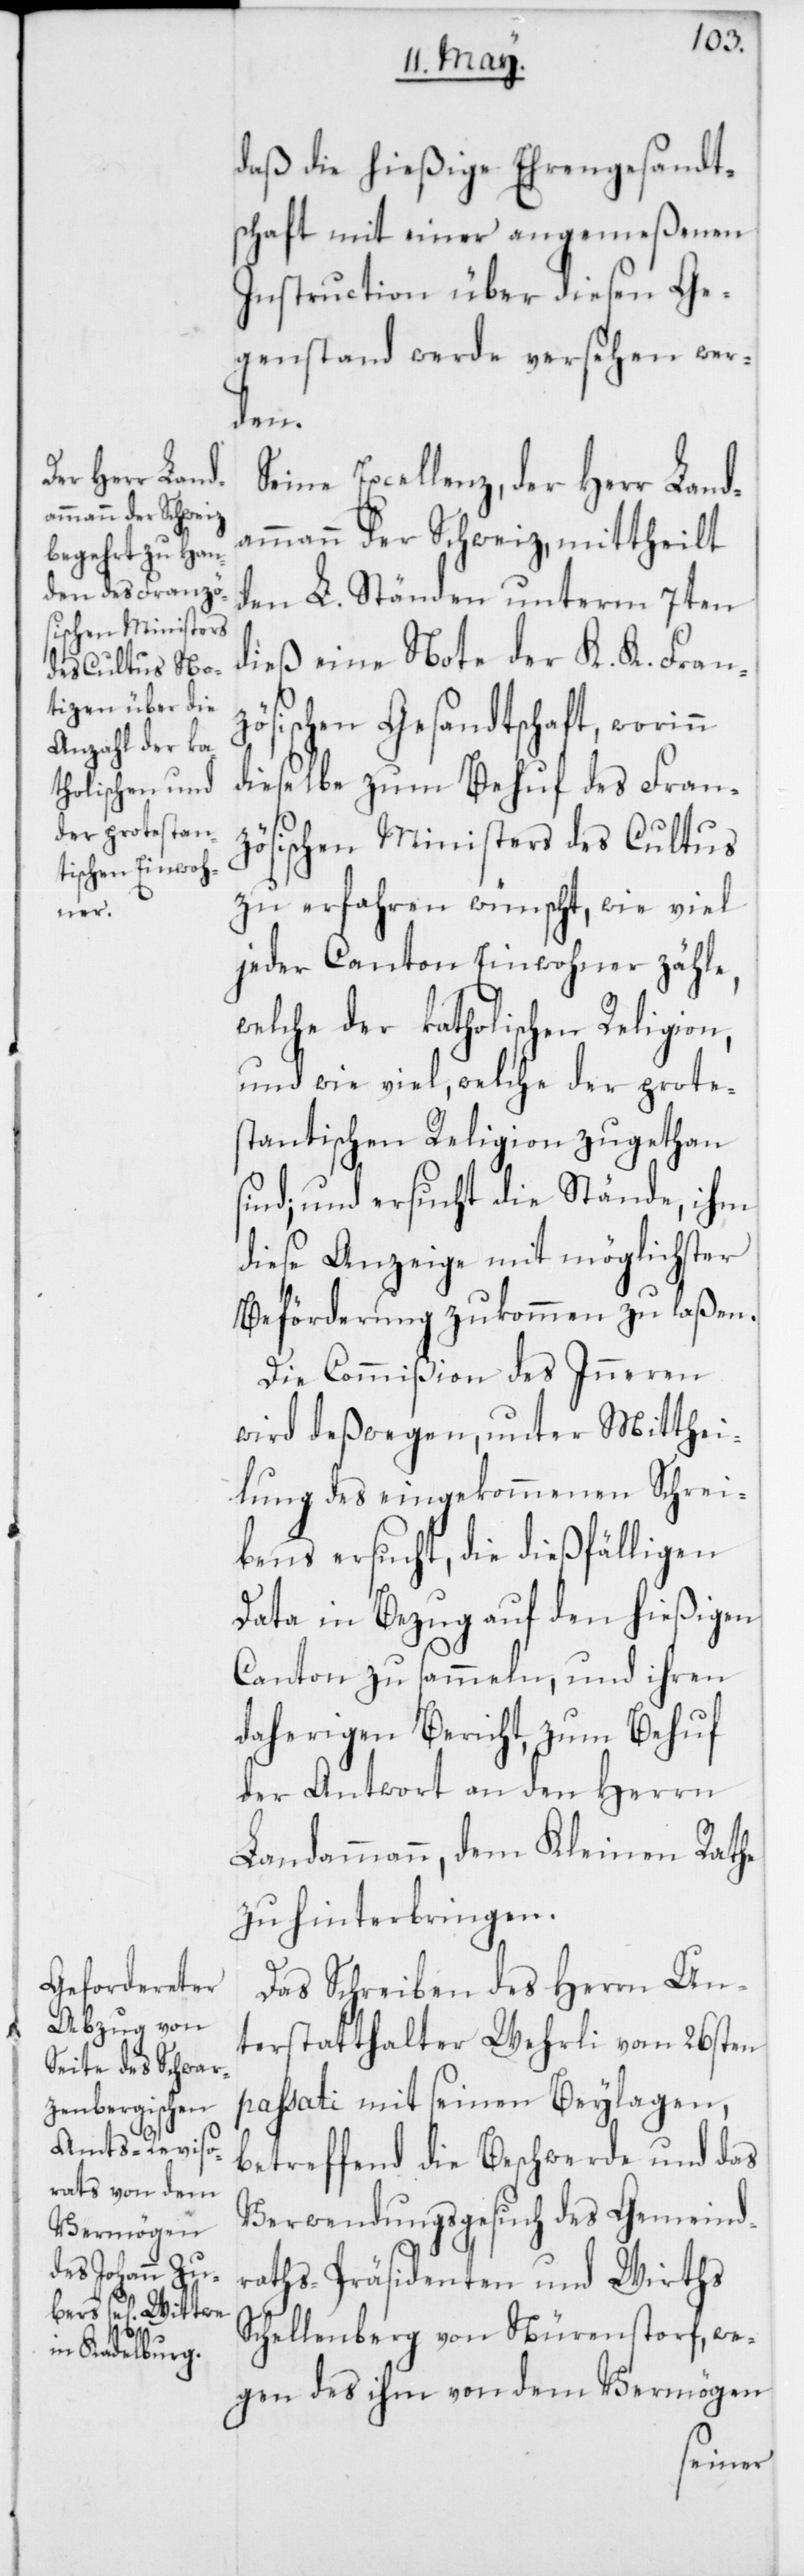
daß die hießige Ehrengesandt¬
schaft mit einer angemeßenen
Instruction über diesen Ge¬
genstand werde versehen wer¬
den.
Seine Excellenz, der Herr Land¬
ammann der Schweiz, mittheilt
den L. Ständen unterm 7ten
dieß eine Note der K. K. Fran¬
zösischen Gesandtschaft, worinn
dieselbe zum Behuf des Fran¬
zösischen Ministers des Cultus
zu erfahren wünscht, wie viel
jeder Canton Einwohner zähle,
welche der katholischen Religion,
und wie viel, welche der protes¬
tantischen Religion zugethan
sind; und ersucht die Stände, ihm
diese Anzeige mit möglichster
Beförderung zukommen zu laßen.
Die Commißion des Inneren
wird deßwegen, unter Mitthei¬
lung des eingekommenen Schrei¬
bens ersucht, die dießfälligen
Data in Bezug auf den hießigen
Canton zu sammeln, und ihren
daherigen Bericht, zum Behuf
der Antwort an den Herrn
Landammann, dem Kleinen Rathe
zu hinterbringen.
Das Schreiben des Herrn Un¬
terstatthalter Wehrli vom 26sten
passati mit seinen Beylagen,
betreffend die Beschwerde und das
Verwendungsgesuch des Gemeind¬
raths-Präsidenten und Wirths
Schellenberg von Nürenstorf, we¬
gen des ihm von dem Vermögen